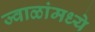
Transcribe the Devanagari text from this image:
ज्वाळांमध्ये